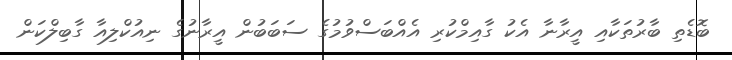
ބޮޑެތި ބާރުތަކާއި އީރާނާ އެކު ގާއިމްކުރި އެއްބަސްވުމުގެ ސަބަބުން އީރާނުގެ ނިއުކްލިއާ ގާބިލްކަން